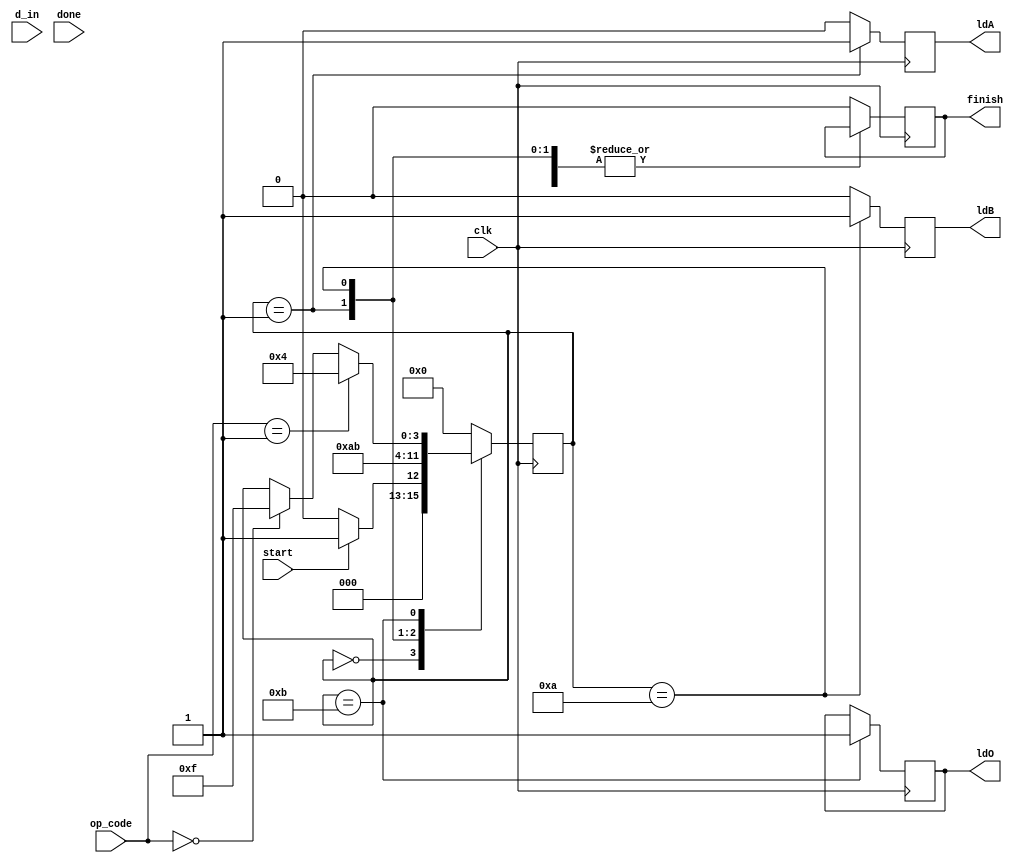
module control_pathexp1(d_in,clk,start,done,finish,ldO,ldA,ldB,op_code); //ports declared
input clk,start,done;
input [15:0]d_in;
input [1:0]op_code; //input ports
output reg finish,ldA,ldB,ldO; //output ports
reg [3:0]state; //defining state variale register
parameter s0=0000,s1=0001,s2=0010,s3=0011,s4=0100,s5=0101,s6=0110,s7=0111,s8=1000; // states as parameters

always@(posedge clk) // always block for state change only
begin
  case(state) //case statement
     s0:begin
         if(start==1)
         state<=s1;
         else
         state<=s0;
       end
     s1:state<=s2;
     s2:state<=s3;
     s3:begin
          if(op_code==01)
          state<=s4; 
          else if(op_code==10)
          state<=s5; 
          else if(op_code==11)
          state<=s6;
          else if(op_code==00)
          state<=s7;
        end
     s4:state<=s8;
     s5:state<=s8;
     s6:state<=s8;
     s7:state<=s8;
     default:state<=s0;
  endcase
end

always@(posedge clk) // always block for signal genrations for datapath state values
begin
  case(state) // case statement
  s0:begin finish<=0;ldA<=0;ldB<=0; end
  s1:begin ldA<=1;ldB<=0; end
  s2:begin ldA=0;ldB<=1; end
  s3:begin ldA<=0;ldB=0;ldO<=1; end
  s4:begin ldA<=1;ldB<=0;ldO<=0; end
  s5:begin ldA<=1;ldB<=0;ldO<=0; end
  s6:begin ldA<=1;ldB<=0;ldO<=0; end
  s7:begin ldA<=1;ldB<=0;ldO<=0; end
  s8:begin
     ldA<=0;
     ldB<=0;
     ldO<=0;
     if(done)
     finish=1;
    end
    default:begin finish<=0;ldA<=0;ldB<=0; end
  endcase
end
endmodule